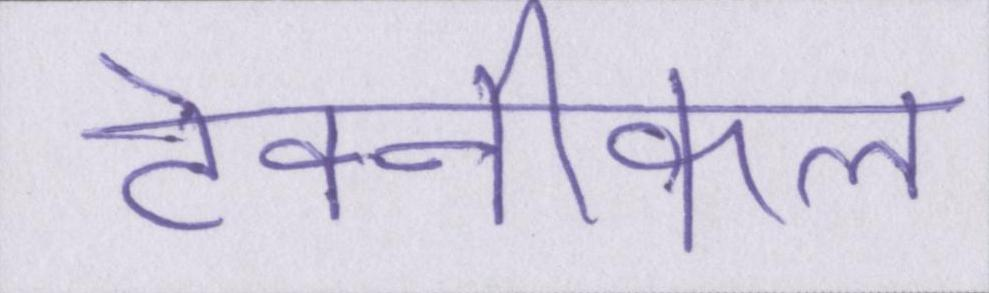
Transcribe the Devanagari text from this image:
टेक्नीकल